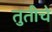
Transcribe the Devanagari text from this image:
तुतीचे